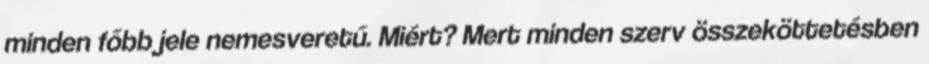
minden főbb jele nemesveretű. Miért? Mert minden szerv összeköttetésben